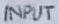
Text: INPUT